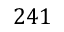
2 4 1